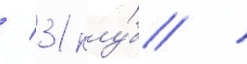
/ 31 клу́б /